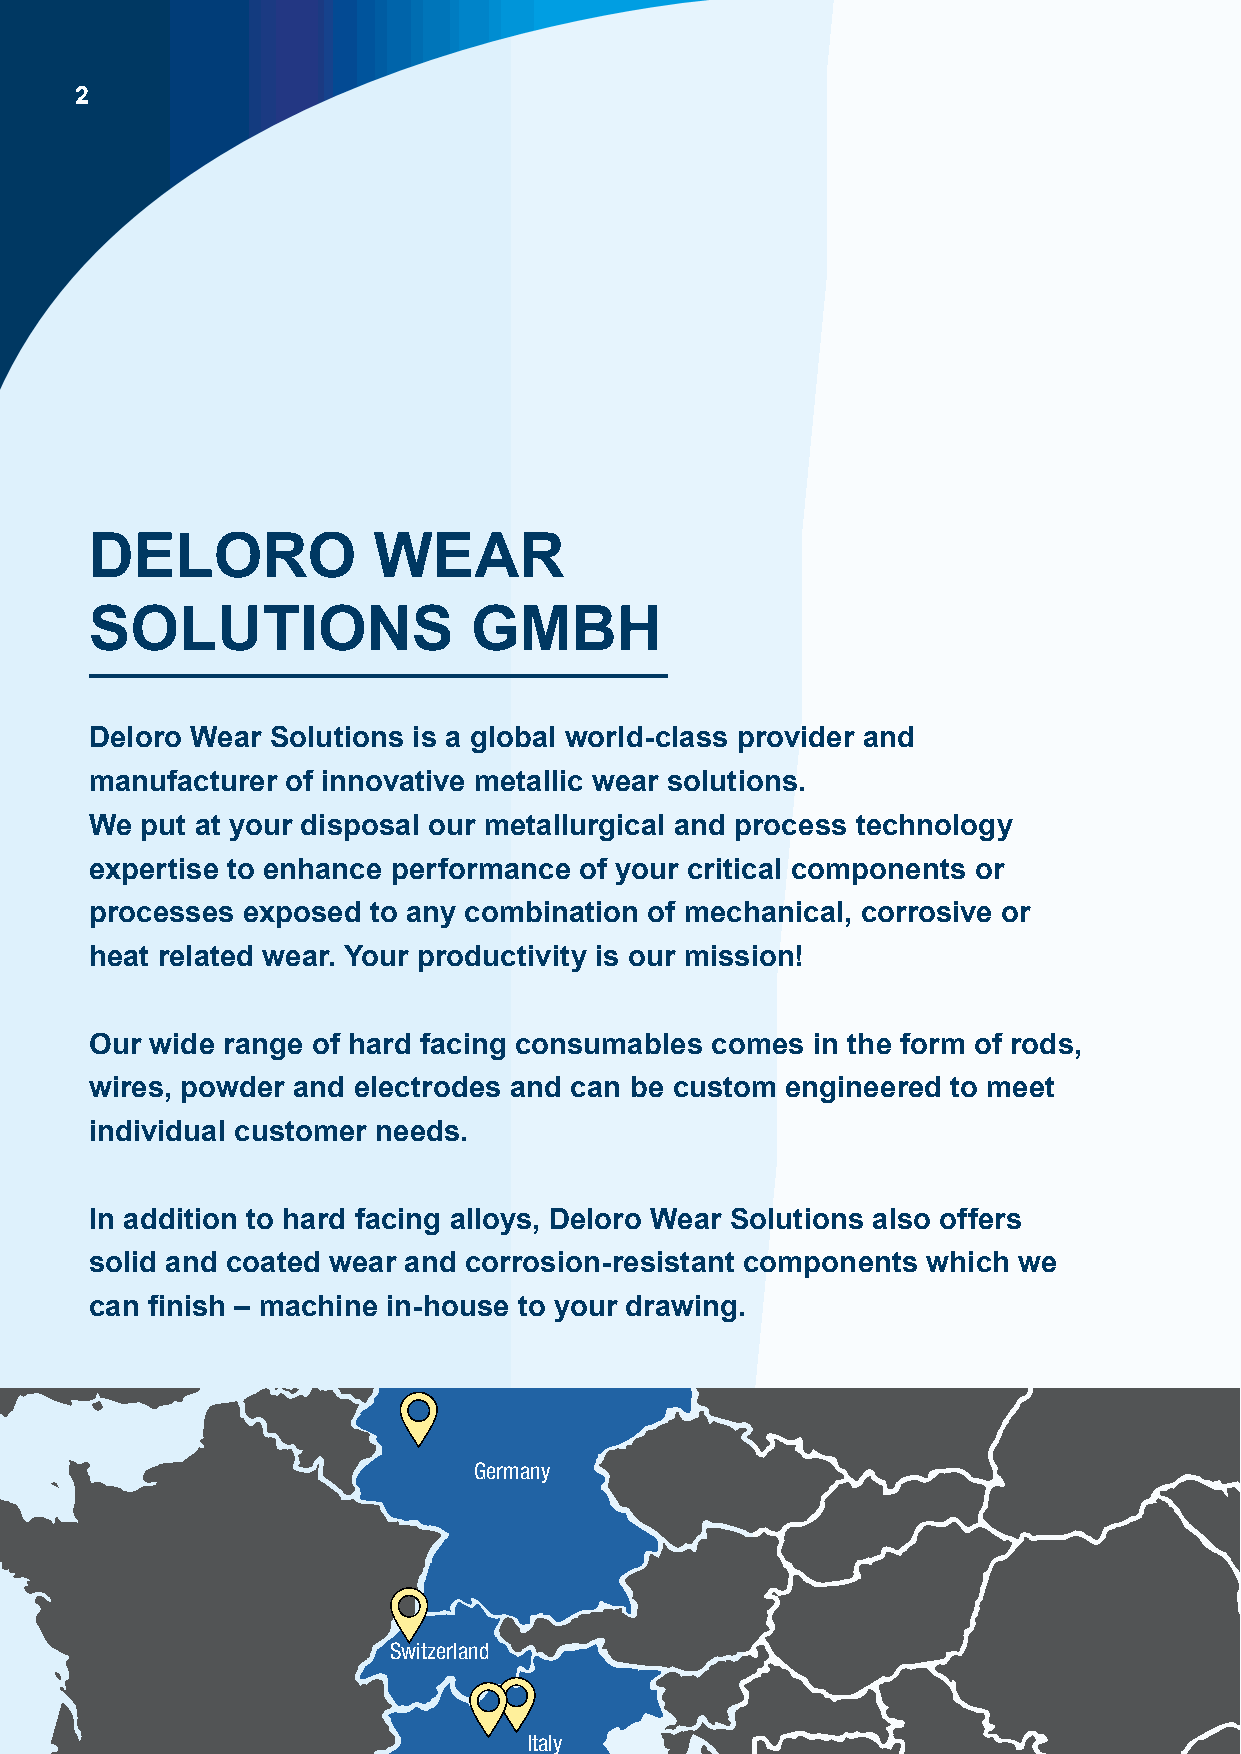
2
 DELORO             WEAR
 SOLUTIONS                GMBH
 Deloro Wear Solutions is a global world-class provider and
 manufacturer of innovative metallic wear solutions.
 We put at your disposal our metallurgical and process technology
 expertise to enhance performance of your critical components or
 processes exposed to any combination of mechanical, corrosive or
 heat related wear. Your productivity is our mission!
 Our wide range of hard facing consumables comes in the form of rods,
 wires, powder and electrodes and can be custom engineered to meet
 individual customer needs.
 In addition to hard facing alloys, Deloro Wear Solutions also offers
 solid and coated wear and corrosion-resistant components which we
 can finish – machine in-house to your drawing.
 Germany
 Switzerland
 Italy